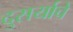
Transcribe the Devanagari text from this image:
दुसर्याचे